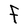
Character: F